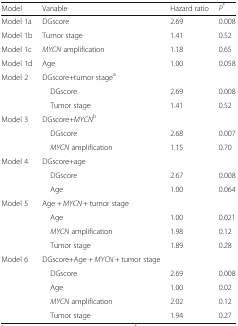
<table><thead><tr><td><b>Model</b></td><td><b>Variable</b></td><td><b>Hazard ratio</b></td><td><b><i>P</i><sup>*</sup></b></td></tr></thead><tbody><tr><td>Model 1a</td><td>DGscore</td><td>2.69</td><td>0.008</td></tr><tr><td>Model 1b</td><td>Tumor stage</td><td>1.41</td><td>0.52</td></tr><tr><td>Model 1c</td><td><i>MYCN</i> amplification</td><td>1.18</td><td>0.65</td></tr><tr><td>Model 1d</td><td>Age</td><td>1.00</td><td>0.058</td></tr><tr><td rowspan="3">Model 2</td><td>DGscore+tumor stage<sup>a</sup></td><td></td><td></td></tr><tr><td> DGscore</td><td>2.69</td><td>0.008</td></tr><tr><td> Tumor stage</td><td>1.41</td><td>0.52</td></tr><tr><td rowspan="3">Model 3</td><td>DGscore+<i>MYCN</i><sup>b</sup></td><td></td><td></td></tr><tr><td> DGscore</td><td>2.68</td><td>0.007</td></tr><tr><td> <i>MYCN</i> amplification</td><td>1.15</td><td>0.70</td></tr><tr><td rowspan="3">Model 4</td><td>DGscore+age</td><td></td><td></td></tr><tr><td> DGscore</td><td>2.67</td><td>0.008</td></tr><tr><td> Age</td><td>1.00</td><td>0.064</td></tr><tr><td rowspan="4">Model 5</td><td>Age + <i>MYCN</i> + tumor stage</td><td></td><td></td></tr><tr><td> Age</td><td>1.00</td><td>0.021</td></tr><tr><td> <i>MYCN</i> amplification</td><td>1.98</td><td>0.12</td></tr><tr><td> Tumor stage</td><td>1.89</td><td>0.28</td></tr><tr><td rowspan="5">Model 6</td><td>DGscore+Age + <i>MYCN</i> + tumor stage</td><td></td><td></td></tr><tr><td> DGscore</td><td>2.69</td><td>0.008</td></tr><tr><td> Age</td><td>1.00</td><td>0.02</td></tr><tr><td> <i>MYCN</i> amplification</td><td>2.02</td><td>0.12</td></tr><tr><td> Tumor stage</td><td>1.94</td><td>0.27</td></tr></tbody></table>